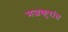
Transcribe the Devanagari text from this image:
मजकुरांत